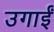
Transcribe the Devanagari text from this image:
उगाईं